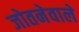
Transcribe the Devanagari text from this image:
जोतनेवाले